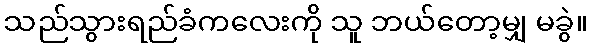
သည်သွားရည်ခံကလေးကို သူ ဘယ်တော့မျှ မခွဲ။